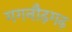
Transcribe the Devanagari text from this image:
गगनौढ़गढ़